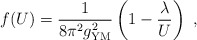
\begin{align*}f(U)={1\over 8\pi^2 g^2_{\rm YM}}\left(1-{ \lambda \over U}\right)\ ,\end{align*}